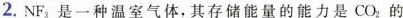
2.NF_{3} 是一种温室气体，其存储能量的能力是CO_{2}的